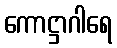
ကောဋ္ဌာဂါရေ